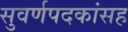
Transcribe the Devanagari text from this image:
सुवर्णपदकांसह